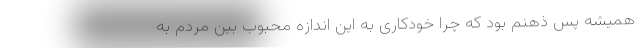
همیشه پس ذهنم بود که چرا خودکاری به این اندازه محبوب بین مردم به